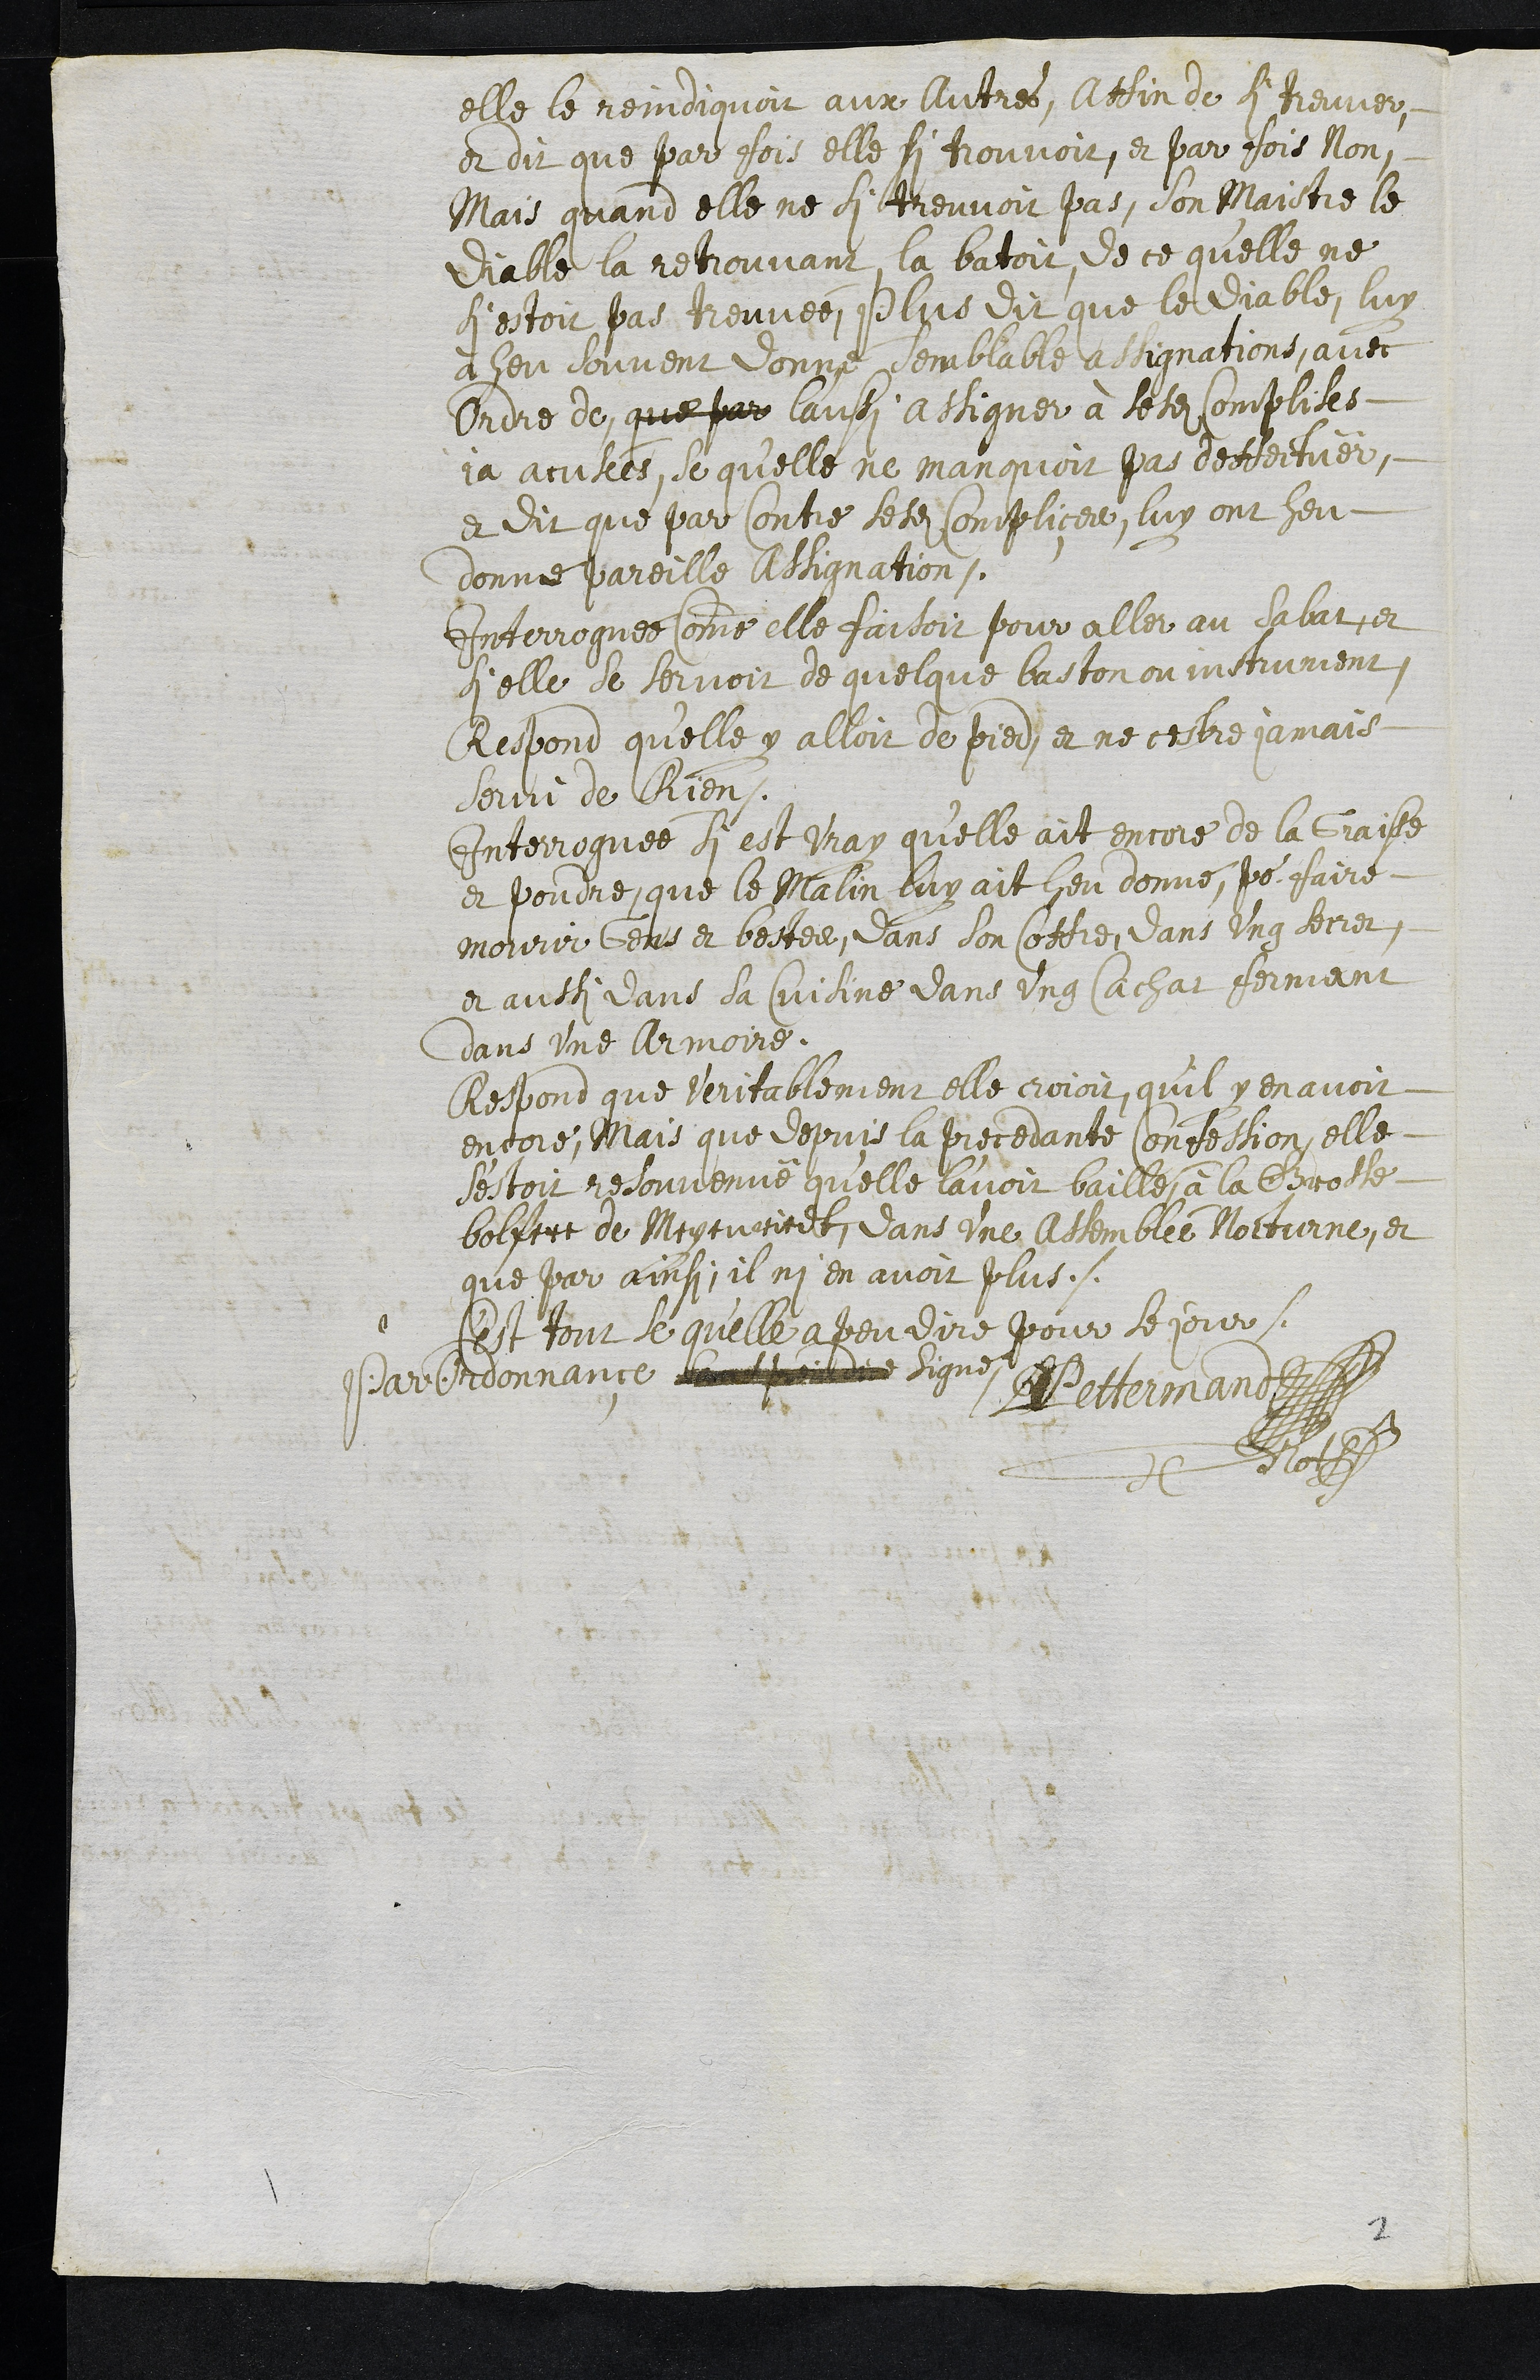
elle le reindiquoit aux autres, Affin de si treuver
et dit que par fois elle si trouvoit, et par fois Non,
Mais quand elle ne si treuvoit pas, son Maistre le
diable la retrouvant la batoit de ce quelle ne
si estoit pas treuvée, Plus dit que le Diable, luy
a heu souvent donné semblable assignations, avec
Ordre de que par laussi assigner à sesdites complises
ja accusées, se quelle ne manquoit pas deffectuer,
et dit que par contre lesdites complices, luy ont heu
donne pareille Assignation.
Interroguée comme elle faisoit pour aller au Sabat et
si elle se servoit de quelque baston ou instrument
Respond quelle y alloit de pied et ne cestre jamais
servi de Rien.
Interroguée si est vray qu'elle ait encore de la Graisse
et poudre, que le malin luy ait heu donné pour faire
mourir Gens et bestes, dans son coffre, dans ung secret,
et aussi dans sa Cuisine dans ung cachat fermant
dans une armoire.
Respond que veritablement elle croioit, qu’il y en avoit
encore, Mais que depuis la precedante confession, elle
s'estoit resouvenue qu'elle l'avoit baillé a la Grosse
bolfert de Meyenriedt, dans une Assemble Nocturne, et
que par ainsi il ni en avoit plus.
C'est tout se qu'elle a peu dire pour le jour
Par Ordonnance Signé
D Pettermand
notaire
2